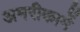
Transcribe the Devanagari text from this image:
अमरीकामें